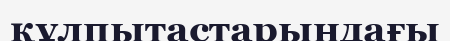
құлпытастарындағы